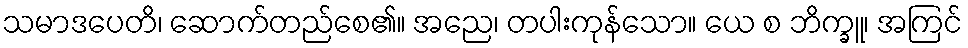
သမာဒပေတိ၊ ဆောက်တည်စေ၏။ အညေ၊ တပါးကုန်သော။ ယေ စ ဘိက္ခူ၊ အကြင်